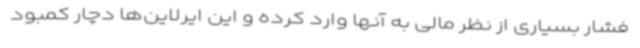
فشار بسیاری از نظر مالی به آنها وارد کرده و این ایرلاین‌ها دچار کمبود